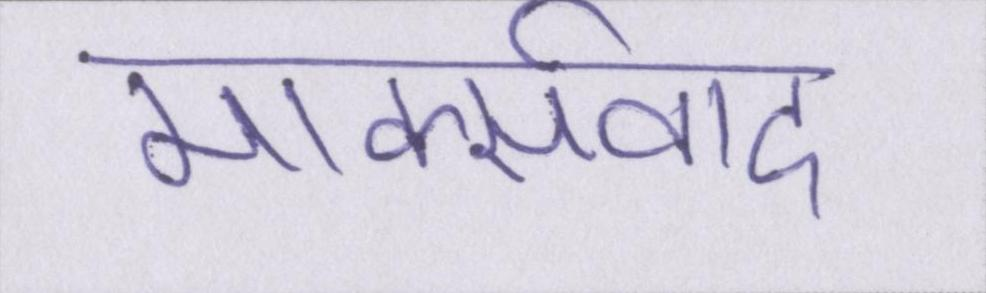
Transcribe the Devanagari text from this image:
मार्क्सवाद